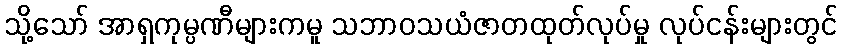
သို့သော် အာရှကုမ္ပဏီများကမူ သဘာဝသယံဇာတထုတ်လုပ်မှု လုပ်ငန်းများတွင်